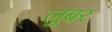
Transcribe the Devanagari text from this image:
लुबर